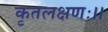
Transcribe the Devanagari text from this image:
कृतलक्षणः।।